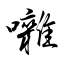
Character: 囃